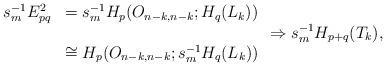
\begin{align*}\begin{array}{ll}s_{m}^{-1}E^{2}_{pq} &= s_{m}^{-1}H_{p}(O_{n-k,n-k}; H_{q}(L_{k}) )\\&\\& \cong H_{p}(O_{n-k,n-k}; s_{m}^{-1}H_{q}(L_{k})) \end{array}\Rightarrow s_{m}^{-1}H_{p+q}(T_{k}), \end{align*}